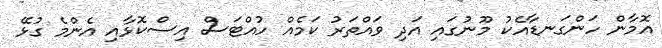
އޮމާން ހަންގަނޑާއެކު މޫނުގައި އަދި ވައްތަރު ކަމެއް ހުއްޓަސް އިސްކޮޅާއި އެންމެ ގުޅޭ